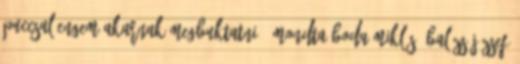
puccsal engem akarnak megbuktatni", mondta Boda Miklós. Balázs József